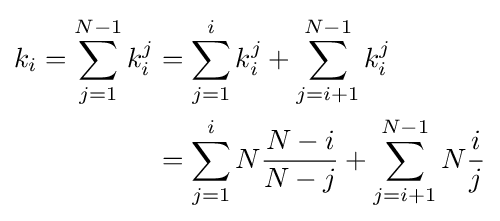
{\begin{aligned}k_{i}=\sum _{j=1}^{N-1}k_{i}^{j}&=\sum _{j=1}^{i}k_{i}^{j}+\sum _{j=i+1}^{N-1}k_{i}^{j}\\&=\sum _{j=1}^{i}N{\frac {N-i}{N-j}}+\sum _{j=i+1}^{N-1}N{\frac {i}{j}}\end{aligned}}